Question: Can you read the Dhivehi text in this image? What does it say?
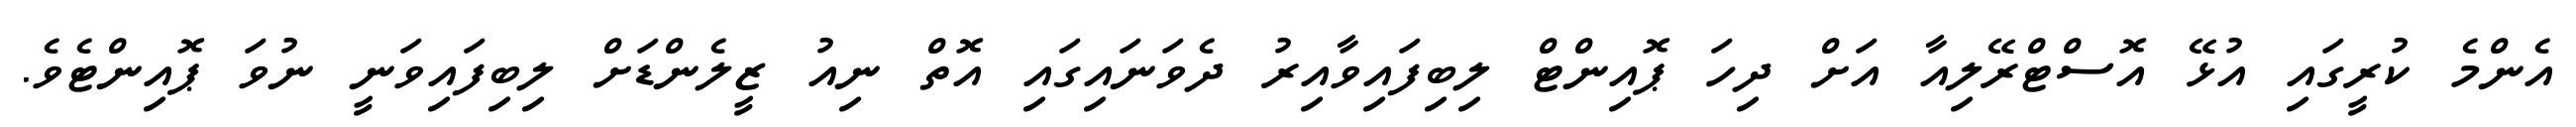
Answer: އެންމެ ކުރީގައި އުޅޭ އޮސްޓްރޭލިއާ އަށް ދިހަ ޕޮއިންޓް ލިބިފައިވާއިރު ދެވަނައިގައި އޮތް ނިއު ޒީލެންޑަށް ލިބިފައިވަނީ ނުވަ ޕޮއިންޓެވެ.